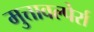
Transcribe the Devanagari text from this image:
मुत्तावल्पेर्रा